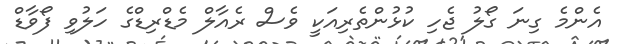
އެންމެ ގިނަ ގޯލު ޖެހި ކުޅުންތެރިއަކީ ވެސް ރެއާލް މެޑްރިޑްގެ ހަލުވި ފޯވާޑް